Plague in India, 1896, 1897 - Volume 3
Year: 1896
Disease focus: Plague
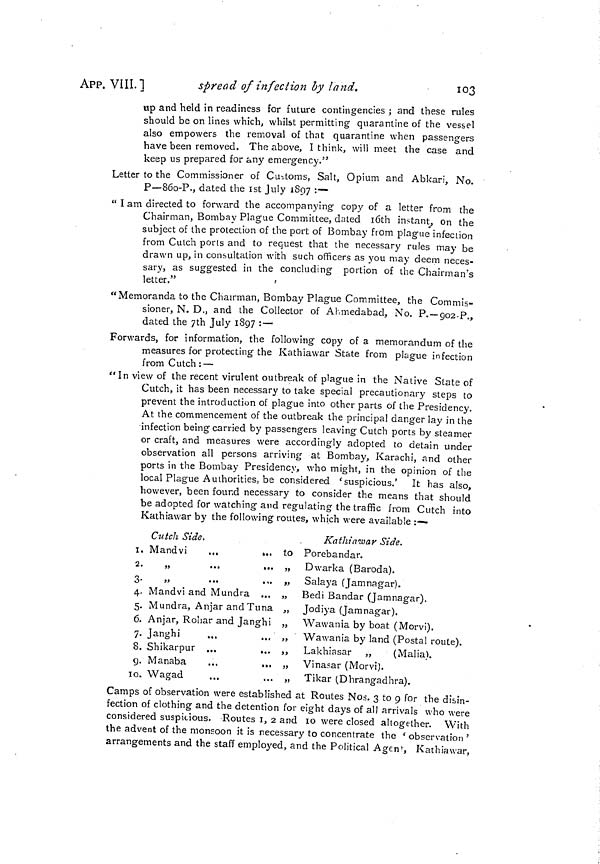
APP. VIII. l
spread of infection by land.
103
up and held in readiness for future contingencies ; and these rules
should be on lines which, whilst permitting quarantine of the vessel
also empowers the removal of that quarantine when passengers
have been removed. The above, I think, will meet the case and
keep us prepared for any emergency."
Letter to the Commissioner of Customs, Salt, Opium and Abkari, No.
p_86o-P., dated the ist July 1897 :•—
" I am directed to forward the accompanying copy of a letter from the
Chairman, Bombay Plague Committee, dated 16th instant, on the
subject of the protection of the port of Bombay from plague infection
from Cutch ports and to request that the necessary rules may be
drawn up, in consultation with such officers as you may deem neces-
sary, as suggested in the concluding portion of the Chairman's
letter."
"Memoranda to the Chairman, Bombay Plague Committee, the Commis-
sioner, N. D., and the Collector of Ahmedabad, No. P. — 902-P.,
dated the 7th July 1897 :—
Forwards, for information, the following copy of a memorandum of the
measures for protecting the Kathiawar State from plague infection
from Cutch : —
"In view of the recent virulent outbreak of plague in the Native State of
Cutch, it has been necessary to take special precautionary steps to
prevent the introduction of plague into other parts of the Presidency.
At the commencement of the outbreak the principal danger lay in the
infection being carried by passengers leaving Cutch ports by steamer
or craft, and measures were accordingly adopted to detain under
observation all persons arriving at Bombay, Karachi, and other
ports in the Bombay Presidency, who might, in the opinion of the
local Plague Authorities, be considered 'suspicious.' It has also,
however, been found necessary to consider the means that should
be adopted for watching and regulating the traffic from Cutch into
Kathiawar by the following routes, which were available :—
Cutch Side,
Kathiawar Side.
1. Mandvi
...
... to Porebandar.
2.
„
..,
... „ Dwarka (Baroda).
3-
,,
...
... „ Salaya (Jamnagar).
4. Mandvi and Mundra ... „ Bedi Bandar (Jamnagar).
5. Mundra, Anjar and Tuna „ Jodiya (Jamnagar).
6. Anjar, Rohar and Janghi „ Wawania by boat (Morvi).
7. Janghi
...
... „ Wawania by land (Postal route).
8. Shikarpur ...
... „ Lakhiasar „
(Malia).
9. Manaba
...
... „ Vinasar (Morvi).
10. Wagad
...
... „ Tikar (Dhrangadhra).
Camps of observation were established at Routes Nos. 3 to 9 for the disin-
fection of clothing and the detention for eight days of all arrivals who were
considered suspicious. Routes I, 2 and 10 were closed altogether. With
the advent of the monsoon it is necessary to concentrate the ' observation '
arrangements and the staff employed, and the Political Agent, Kathiawar,